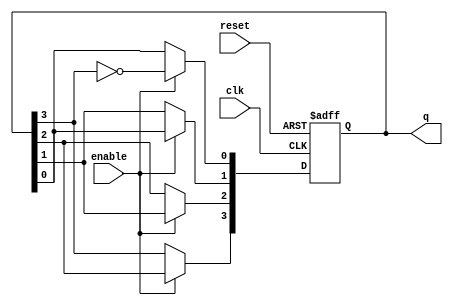
module johnson_counter (
    input wire clk,          // Clock input
    input wire reset,        // Reset input
    input wire enable,       // Enable signal
    output reg [3:0] q       // 4-bit output for the Johnson counter
);

    // Counter states for a 4-bit Johnson Counter
    always @(posedge clk or posedge reset) begin
        if (reset) begin
            // Initialize the counter to a known state (0000)
            q <= 4'b0000;
        end else if (enable) begin
            // Johnson counter logic
            q[0] <= ~q[3];       // Feedback from last flip-flop
            q[1] <= q[0];
            q[2] <= q[1];
            q[3] <= q[2];
        end
    end

endmodule